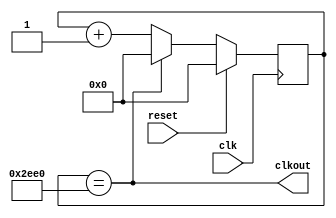
`default_nettype none
`timescale 1ns / 1ps

module customclk
    #(parameter integer WIDTH = 16,
      parameter integer TOP = 12000)
    (
        input clk,
        input reset,
        output clkout
    );

    reg [WIDTH-1:0] counter;
    assign clkout = (counter == TOP);

    initial begin
        counter <= 0;
    end

    always @(posedge clk) begin
        if (reset) begin
            counter <= 0;
        end else begin
            counter <= (counter == TOP) ? 1'b0 : (counter + 1'b1);
        end
    end
endmodule